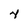
Character: 4